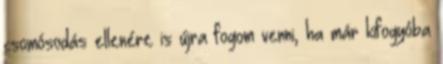
csomósodás ellenére is újra fogom venni, ha már kifogyóba